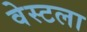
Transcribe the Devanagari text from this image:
वेस्टला